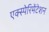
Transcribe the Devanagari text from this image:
एक्स्पेरिमेंटेशन